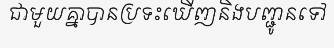
ជាមួយគ្នាបានប្រទះឃើញនិងបញ្ជូនទៅ